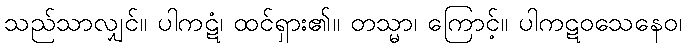
သည်သာလျှင်။ ပါကဋံ၊ ထင်ရှား၏။ တသ္မာ၊ ကြောင့်။ ပါကဋဝသေနေဝ၊